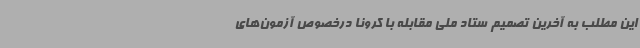
این مطلب به آخرین تصمیم ستاد ملی مقابله با کرونا درخصوص آزمون‌های